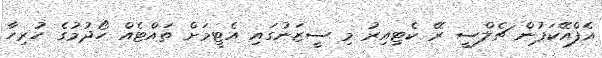
އެފްއޭކަޕުން ޗެލްސީ ރޭ ކެޓިއިރު މި ސީޒަނުގައި އެޓީމަށް ތައްޓެއް ހޯދުމުގެ ހުރިހާ